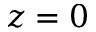
z = 0